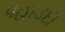
પહાડદા